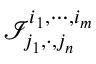
\mathcal { I } _ { j _ { 1 } , \cdot , j _ { n } } ^ { i _ { 1 } , \cdots , i _ { m } }